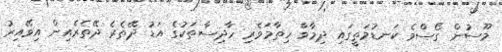
މޫސުން ގޯސްވެ ކަނޑުމަތީގައި ދިމާވާ ހިތާމަވެރި ހާދިސާތަކުގެ އަޑު ދޭތެރެ ދޭތެރެއިން އިވޭއިރު